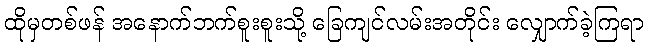
ထိုမှတစ်ဖန် အနောက်ဘက်စူးစူးသို့ ခြေကျင်လမ်းအတိုင်း လျှောက်ခဲ့ကြရာ